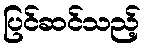
ပြင်ဆင်သည့်